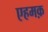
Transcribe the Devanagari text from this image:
एहमक़